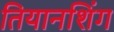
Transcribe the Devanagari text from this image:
तियानशिंग